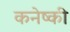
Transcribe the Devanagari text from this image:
कनेष्की